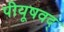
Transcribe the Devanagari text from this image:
पीयूषवद्